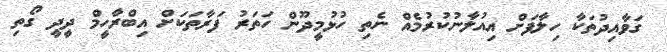
ގަވާއިދުތަކާ ހިލާފަށް އިއުލާނުކުރުމެއް ނެތި ހުޅުމީދޫން ހަތަރު ފަރާތަކަށް އިބްރާހީމް ދީދީ ގޯތި